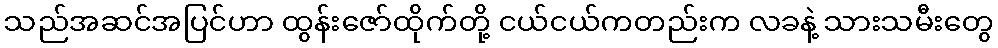
သည်အဆင်အပြင်ဟာ ထွန်းဇော်ထိုက်တို့ ငယ်ငယ်ကတည်းက လခနဲ့ သားသမီးတွေ